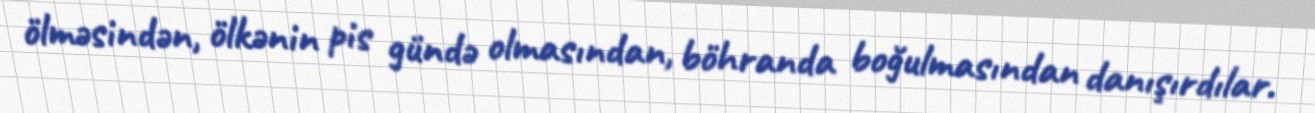
ölməsindən, ölkənin pis gündə olmasından, böhranda boğulmasından danışırdılar.